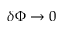
\delta \Phi \to 0